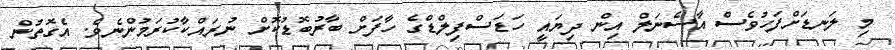
މި ލަނޑަށްފަހުވެސް އާސެނަލް އިން ދިޔައީ ހަޑަސްފިލްޑްގެ ހާފަށް ބާރުބޮޑުކޮށް ނުރައްކާކުރަމުންނެވެ. އެގޮތުން